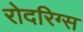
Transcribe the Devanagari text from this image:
रोदरिग्स